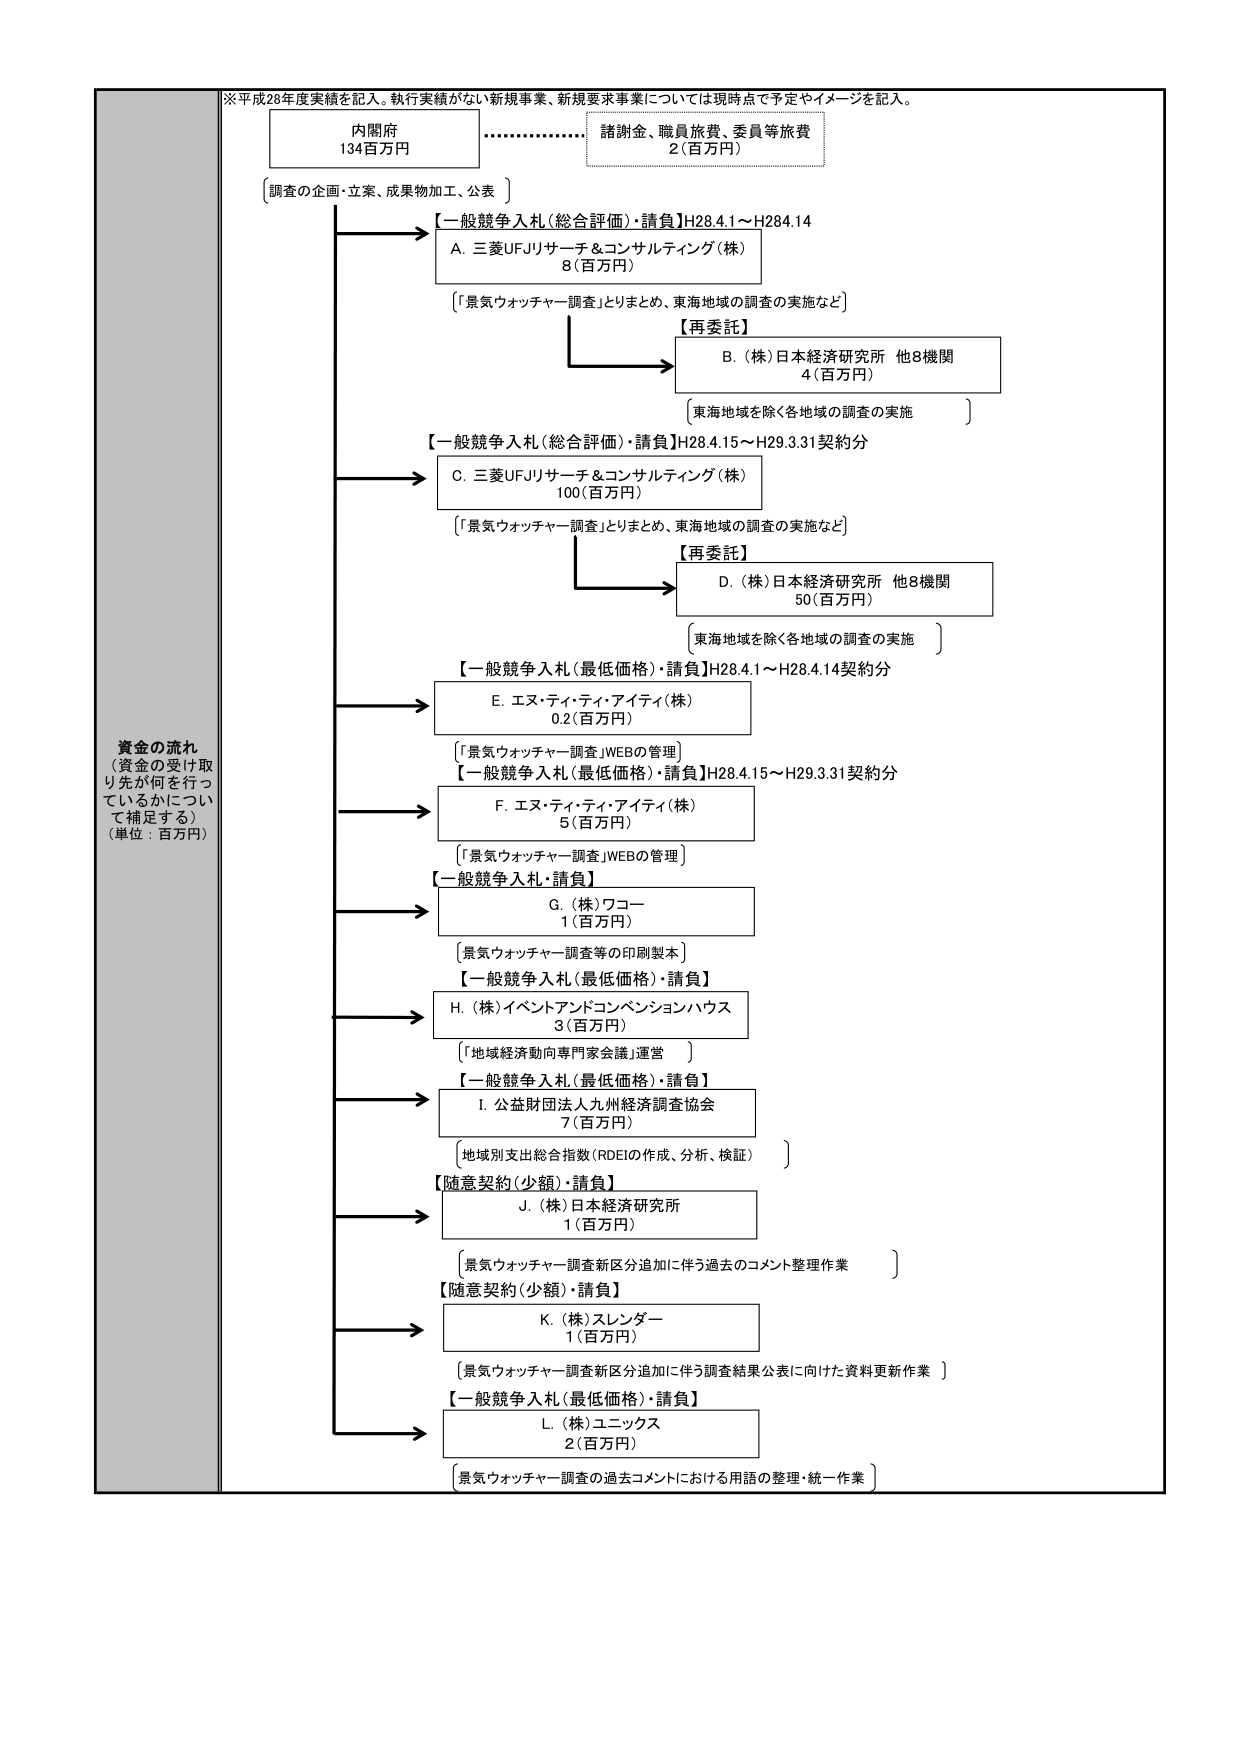
※平成28年度実績を記入。執行実績がない新規事業、新規要求事業については現時点で予定やイメージを記入。

内閣府
134百万円

……………………………… 諸謝金、職員旅費、委員等旅費
2（百万円）

〔調査の企画・立案、成果物加工、公表〕

【一般競争入札（総合評価）・請負】H28.4.1～H28.4.14
A. 三菱UFJリサーチ＆コンサルティング（株）
8（百万円）
〔「景気ウォッチャー調査」とりまとめ、東海地域の調査の実施など〕

【再委託】
B. （株）日本経済研究所 他8機関
4（百万円）
〔東海地域を除く各地域の調査の実施〕

【一般競争入札（総合評価）・請負】H28.4.15～H29.3.31契約分
C. 三菱UFJリサーチ＆コンサルティング（株）
100（百万円）
〔「景気ウォッチャー調査」とりまとめ、東海地域の調査の実施など〕

【再委託】
D. （株）日本経済研究所 他8機関
50（百万円）
〔東海地域を除く各地域の調査の実施〕

【一般競争入札（最低価格）・請負】H28.4.1～H28.4.14契約分
E. エヌ・ティ・ティ・アイティ（株）
0.2（百万円）
〔「景気ウォッチャー調査」WEBの管理〕

【一般競争入札（最低価格）・請負】H28.4.15～H29.3.31契約分
F. エヌ・ティ・ティ・アイティ（株）
5（百万円）
〔「景気ウォッチャー調査」WEBの管理〕

【一般競争入札・請負】
G. （株）ワコー
1（百万円）
〔景気ウォッチャー調査等の印刷製本〕

【一般競争入札（最低価格）・請負】
H. （株）イベントアンドコンベンションハウス
3（百万円）
〔「地域経済動向専門家会議」運営〕

【一般競争入札（最低価格）・請負】
I. 公益財団法人九州経済調査協会
7（百万円）
〔地域別支出総合指数（RDEI）の作成、分析、検証〕

【随意契約（少額）・請負】
J. （株）日本経済研究所
1（百万円）
〔景気ウォッチャー調査新区分追加に伴う過去のコメント整理作業〕

【随意契約（少額）・請負】
K. （株）スレンダー
1（百万円）
〔景気ウォッチャー調査新区分追加に伴う調査結果公表に向けた資料更新作業〕

【一般競争入札（最低価格）・請負】
L. （株）ユニックス
2（百万円）
〔景気ウォッチャー調査の過去コメントにおける用語の整理・統一作業〕

資金の流れ
（資金の受け取り先が何を行っているかについて補足する）
（単位：百万円）